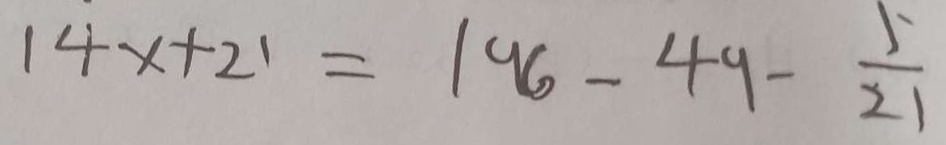
1 4 x + 2 1 = 1 9 6 - 4 9 - \frac { 5 } { 2 1 }